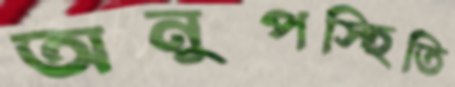
অনুপস্হিতি